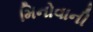
મિનોવાની